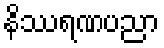
နိဿရဏပညာ